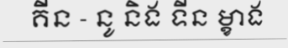
គីន - នូ និង ទីន ម្ខាង